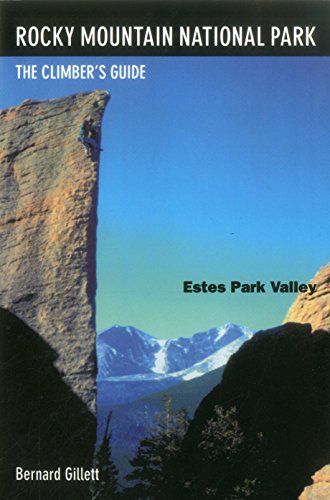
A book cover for Rocky Mountain National Park: Estes Park Valley: The Climber'S Guide; Bernard Gillett; Travel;